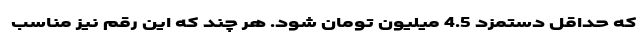
که حداقل دستمزد 4.5 میلیون تومان شود. هر چند که این رقم نیز مناسب